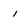
Character: 1